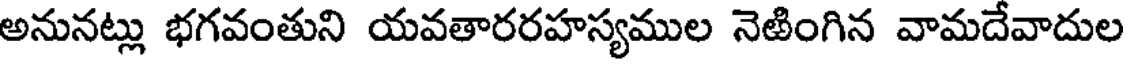
అనునట్లు భగవంతుని యవతారరహస్యముల నెఱింగిన వామదేవాదుల